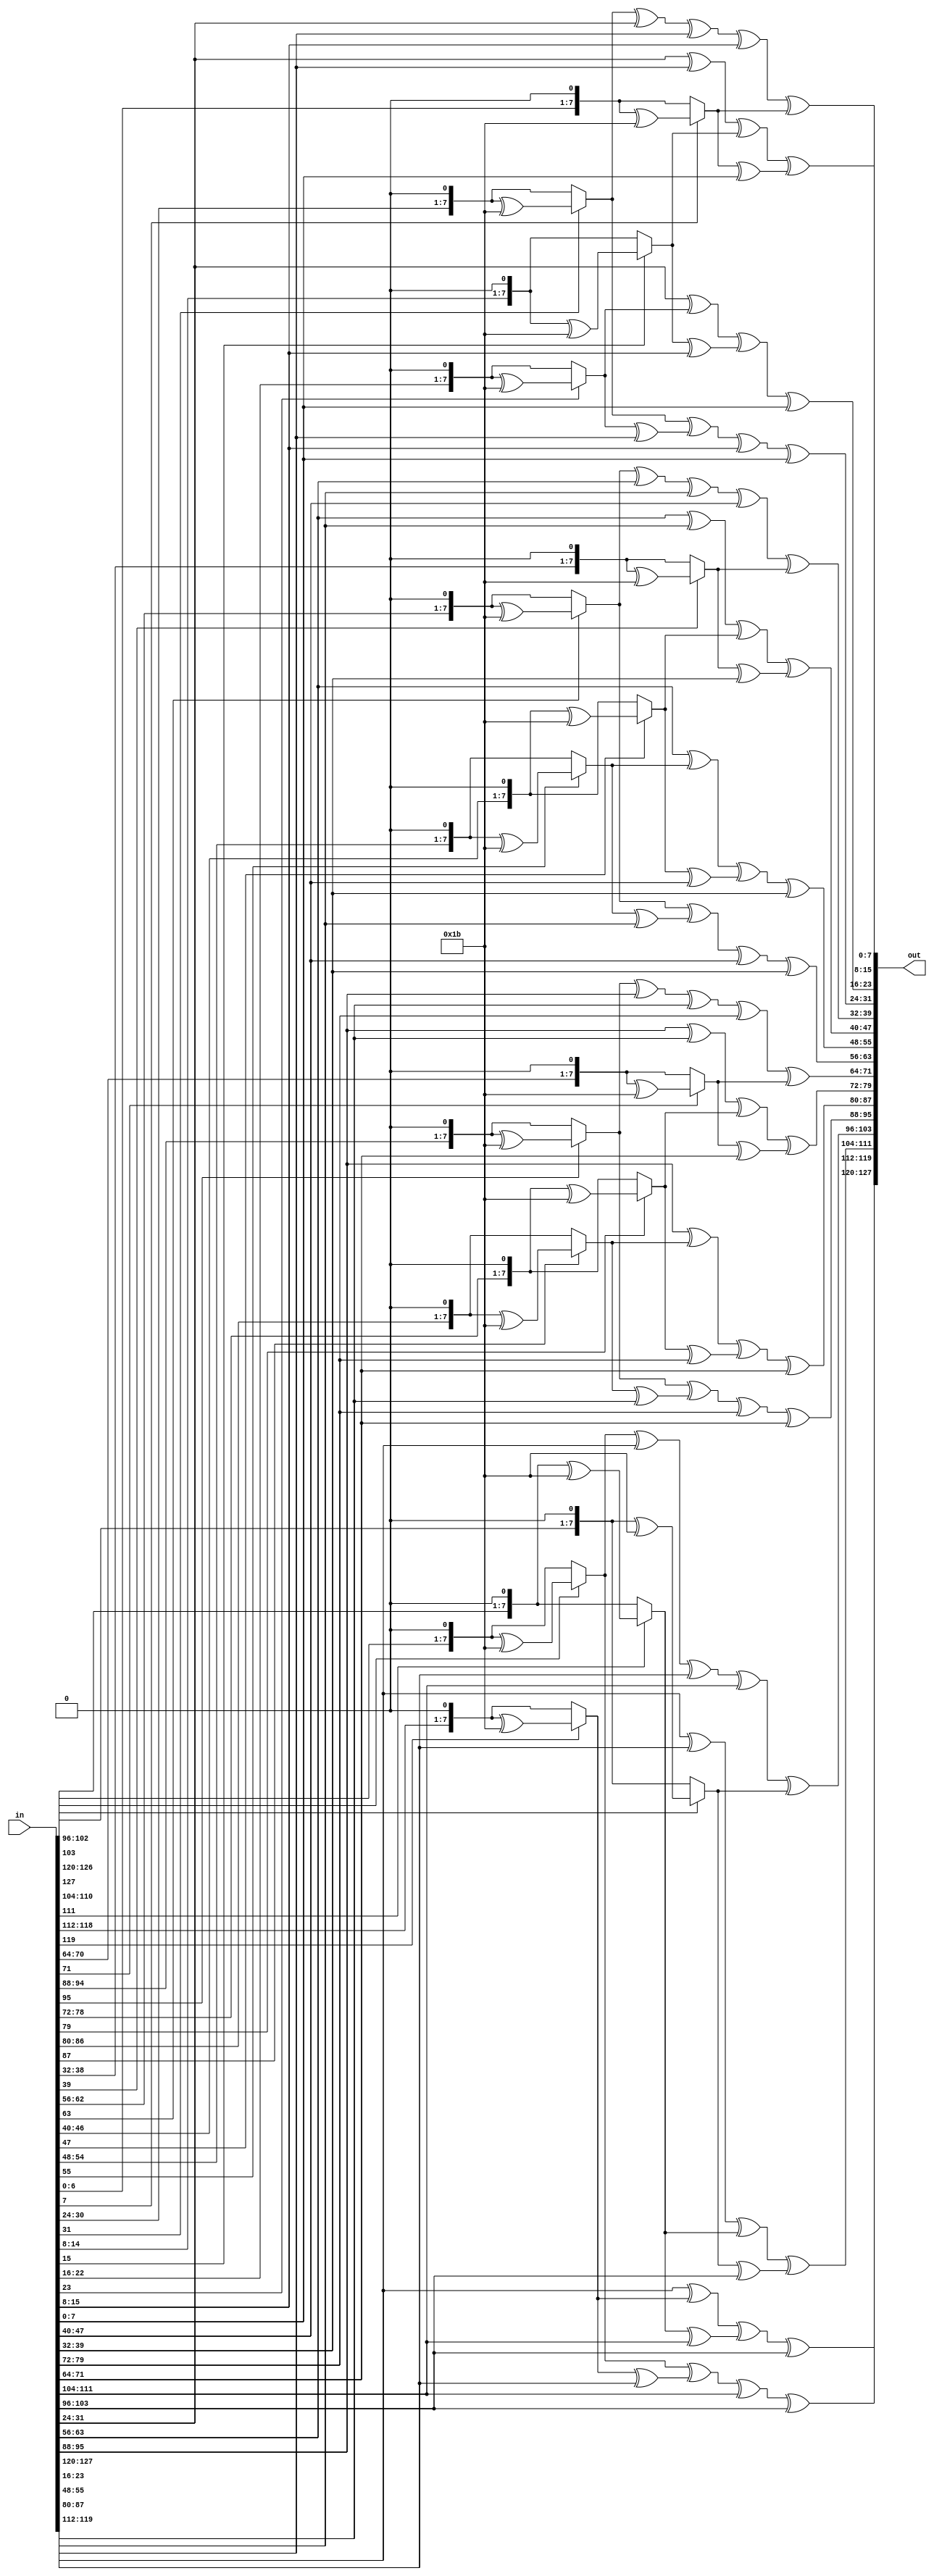
`timescale 1ns / 1ps

module mix_columns(in,out);
input [127:0] in;
output [127:0] out;

/*assign out[127:120]= mix (in[127:120],in[119:112],in[111:104],in[103:96]);
assign out[119:112]= mix (in[119:112],in[111:104],in[103:96],in[127:120]);
assign out[111:104]= mix (in[111:104],in[103:96],in[127:120],in[119:112]);
assign out[103:96]= mix (in[103:96],in[127:120],in[119:112],in[111:104]);

assign out[95:88]= mix (in[95:88],in[87:80],in[79:72],in[71:64]);
assign out[87:80]= mix (in[87:80],in[79:72],in[71:64],in[95:88]);
assign out[79:72]= mix (in[79:72],in[71:64],in[95:88],in[87:80]);
assign out[71:64]= mix (in[71:64],in[95:88],in[87:80],in[79:72]);

assign out[63:56]= mix (in[63:56],in[55:48],in[47:40],in[39:32]);
assign out[55:48]= mix (in[55:48],in[47:40],in[39:32],in[63:56]);
assign out[47:40]= mix (in[47:40],in[39:32],in[63:56],in[55:48]);
assign out[39:32]= mix (in[39:32],in[63:56],in[55:48],in[47:40]);

assign out[31:24]= mix (in[31:24],in[23:16],in[15:8],in[7:0]);
assign out[23:16]= mix (in[23:16],in[15:8],in[7:0],in[31:24]);
assign out[15:8]= mix (in[15:8],in[7:0],in[31:24],in[23:16]);
  assign out[7:0]= mix (in[7:0],in[31:24],in[23:16],in[15:8]);*/
genvar i;
for(i=0;i<4;i=i+1)
begin
    assign out[i*32+31	:i*32+24]  = mult2(in[i*32+31	:i*32+24]) ^   mult3(in[i*32+23  :i*32+16])    ^   (in[i*32+15  :i*32+8 ])     ^   (in[i*32+7  :i*32 ]);
    assign out[i*32+23  :i*32+16]  = (in[i*32+31	:i*32+24])     ^   mult2(in[i*32+23  :i*32+16])    ^   mult3(in[i*32+15  :i*32+8 ])^   (in[i*32+7  :i*32 ]);
    assign out[i*32+15  :i*32+8 ]  = (in[i*32+31	:i*32+24])     ^   (in[i*32+23  :i*32+16])         ^   mult2(in[i*32+15  :i*32+8 ])^   mult3(in[i*32+7  :i*32 ]);
    assign out[i*32+7   :i*32 ]    = mult3(in[i*32+31	:i*32+24]) ^   (in[i*32+23  :i*32+16])         ^  (in[i*32+15  :i*32+8 ])      ^   mult2(in[i*32+7  :i*32 ]);
end
//function to mix up the columns
/*function [7:0] mix;
input [7:0] i1,i2,i3,i4;
begin
mix[7]=i1[6] ^ i2[6] ^ i2[7] ^ i3[7] ^ i4[7];
mix[6]=i1[5] ^ i2[5] ^ i2[6] ^ i3[6] ^ i4[6];
mix[5]=i1[4] ^ i2[4] ^ i2[5] ^ i3[5] ^ i4[5];
mix[4]=i1[3] ^ i1[7] ^ i2[3] ^ i2[4] ^ i2[7] ^ i3[4] ^ i4[4];
mix[3]=i1[2] ^ i1[7] ^ i2[2] ^ i2[3] ^ i2[7] ^ i3[3] ^ i4[3];
mix[2]=i1[1] ^ i2[1] ^ i2[2] ^ i3[2] ^ i4[2];
mix[1]=i1[0] ^ i1[7] ^ i2[0] ^ i2[1] ^ i2[7] ^ i3[1] ^ i4[1];
mix[0]=i1[7] ^ i2[7] ^ i2[0] ^ i3[0] ^ i4[0];
end
endfunction*/
  
function [7:0] mult2 (input [7:0] a);
begin
  if(a[7] == 1'b1)
    mult2 = (a<<1'b1)^(8'b00011011);
  else
    mult2 = (a<<1'b1);
  end
endfunction

function [7:0] mult3 (input [7:0] a);
begin
  mult3 = mult2(a) ^ a;
end
endfunction

endmodule